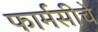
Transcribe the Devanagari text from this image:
फार्मसीचे